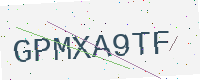
Text: GPMXA9TF